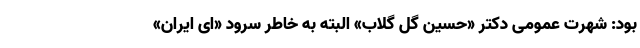
بود: شهرت عمومی دکتر «حسین گل گلاب» البته به خاطر سرود «ای ایران»